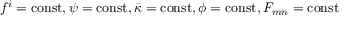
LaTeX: f ^ { i } = \mathrm { c o n s t } , \psi = \mathrm { c o n s t } , \bar { \kappa } = \mathrm { c o n s t } , \phi = \mathrm { c o n s t } , F _ { m n } = \mathrm { c o n s t }